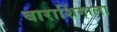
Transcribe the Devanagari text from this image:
बाराशिंगाला